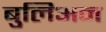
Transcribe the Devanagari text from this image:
बुलिअन